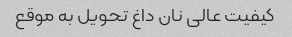
کیفیت عالی نان داغ تحویل به موقع